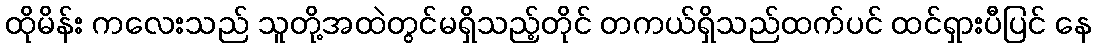
ထိုမိန်း ကလေးသည် သူတို့အထဲတွင်မရှိသည့်တိုင် တကယ်ရှိသည်ထက်ပင် ထင်ရှားပီပြင် နေ